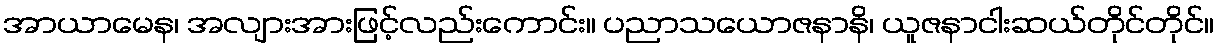
အာယာမေန၊ အလျားအားဖြင့်လည်းကောင်း။ ပညာသယောဇနာနိ၊ ယူဇနာငါးဆယ်တိုင်တိုင်။